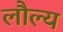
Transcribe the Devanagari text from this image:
लौल्य